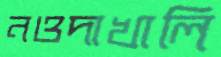
নওদাখালি